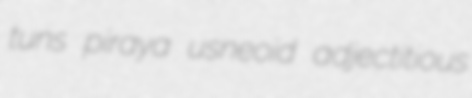
tuns piraya usneoid adjectitious